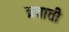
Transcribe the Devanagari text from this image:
व्रताती